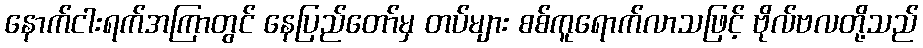
နောက်ငါးရက်အကြာတွင် နေပြည်တော်မှ တပ်များ စစ်ကူရောက်လာသဖြင့် ဗိုလ်ဗလတို့သည်